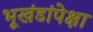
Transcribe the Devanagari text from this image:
भूखंडांपेक्षा